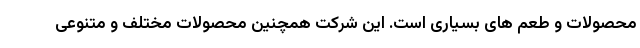
محصولات و طعم های بسیاری است. این شرکت همچنین محصولات مختلف و متنوعی